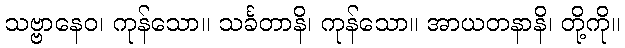
သဗ္ဗာနေဝ၊ ကုန်သော။ သင်္ခတာနိ၊ ကုန်သော။ အာယတနာနိ၊ တို့ကို။